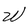
Character: W